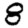
Digit: 8